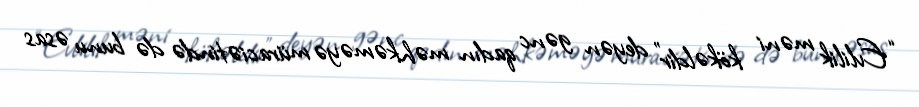
“Evlilik məni kökəldir” deyən gənc qadın məhkəməyə müraciətində də bunu əsas